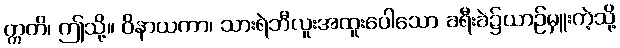
ဣတိ၊ ဤသို့။ ဝိနာယကာ၊ သားရဲဘီလူးအထူးပေါသော ခရီးခဲ၌ယာဉ်မှူးကဲ့သို့